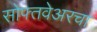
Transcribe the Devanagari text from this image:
सोफ्तवेअरचा